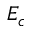
E _ { c }